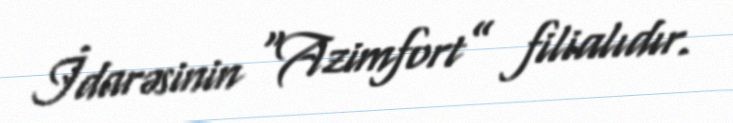
İdarəsinin “Azimfort” filialıdır.